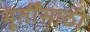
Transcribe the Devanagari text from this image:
मूर्तींसाठी